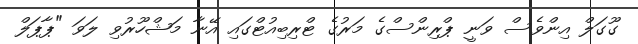
ގޫގަލް އިންވެސް ވަނީ ޕްރިިންސްގެ މަރުގެ ޓްރިބިއުޓްގައި އޭނާ މަޝްހޫރުވި ލަވަ "ޕާޕަލް